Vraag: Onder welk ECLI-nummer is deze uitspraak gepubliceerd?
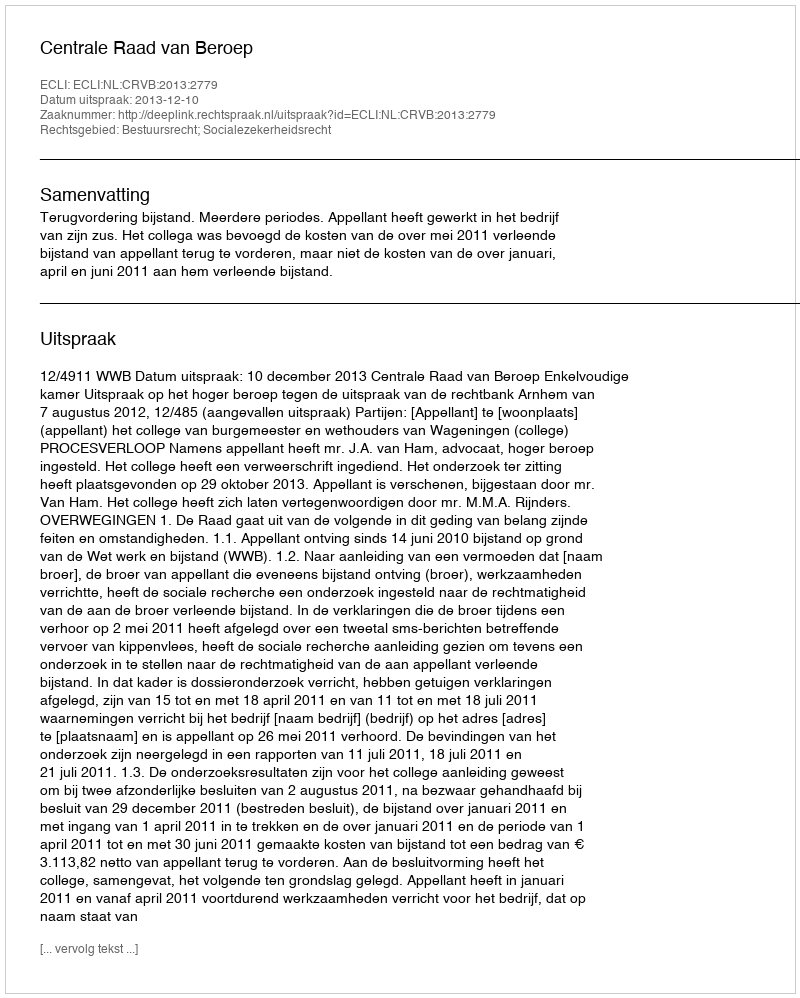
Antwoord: ECLI:NL:CRVB:2013:2779